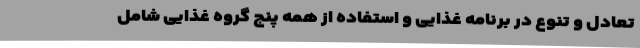
تعادل و تنوع در برنامه غذایی و استفاده از همه پنج گروه غذایی شامل